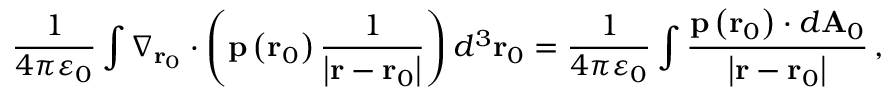
{ \frac { 1 } { 4 \pi \varepsilon _ { 0 } } } \int \nabla _ { \mathbf { r } _ { 0 } } \cdot \left( \mathbf { p } \left( \mathbf { r } _ { 0 } \right) { \frac { 1 } { \left| \mathbf { r } - \mathbf { r } _ { 0 } \right| } } \right) d ^ { 3 } \mathbf { r } _ { 0 } = { \frac { 1 } { 4 \pi \varepsilon _ { 0 } } } \int { \frac { \mathbf { p } \left( \mathbf { r } _ { 0 } \right) \cdot d \mathbf { A } _ { 0 } } { \left| \mathbf { r } - \mathbf { r } _ { 0 } \right| } } \, ,